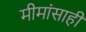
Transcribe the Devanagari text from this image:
मीमांसाही